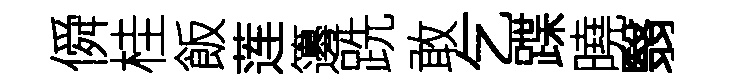
僢桂飯莲籩跣敢乞蹀曉翳